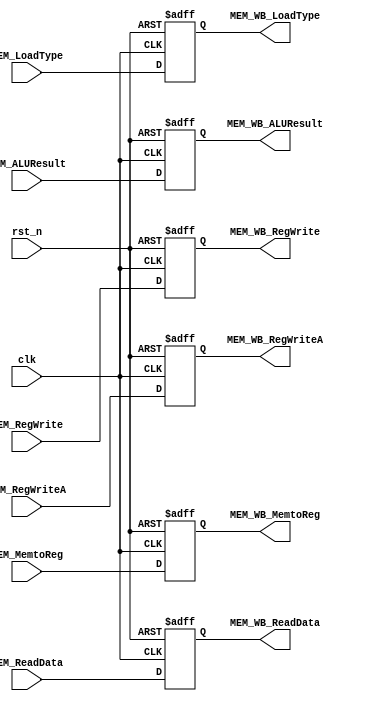
module MEM_WB(
	input clk,
	input rst_n,
	input [31:0]MEM_ReadData,
	input MEM_RegWrite,
	input MEM_MemtoReg,
	input [31:0]MEM_ALUResult,
	input [4:0]MEM_RegWriteA,
	input [3:0]MEM_LoadType,
	output reg [31:0]MEM_WB_ReadData,
	output reg MEM_WB_RegWrite,
	output reg MEM_WB_MemtoReg,
	output reg [31:0]MEM_WB_ALUResult,
	output reg [4:0]MEM_WB_RegWriteA,
	output reg [3:0]MEM_WB_LoadType
    );
always@(posedge clk or negedge rst_n)
	if(~rst_n) begin
		MEM_WB_ReadData<=0;
		MEM_WB_RegWrite<=0;
		MEM_WB_MemtoReg<=0;
		MEM_WB_ALUResult<=0;
		MEM_WB_RegWriteA<=0;
		MEM_WB_LoadType<=0;
	end
	else begin
		MEM_WB_ReadData<=MEM_ReadData;
		MEM_WB_RegWrite<=MEM_RegWrite;
		MEM_WB_MemtoReg<=MEM_MemtoReg;
		MEM_WB_ALUResult<=MEM_ALUResult;
		MEM_WB_RegWriteA<=MEM_RegWriteA;
		MEM_WB_LoadType<=MEM_LoadType;
	end

endmodule